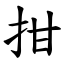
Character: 拑